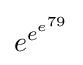
e^{e^{e^{79}}}